Report of an investigation into the causes of the diseases known in Assam as Kála-Azár and Beri-Beri
Disease focus: Beri-Beri
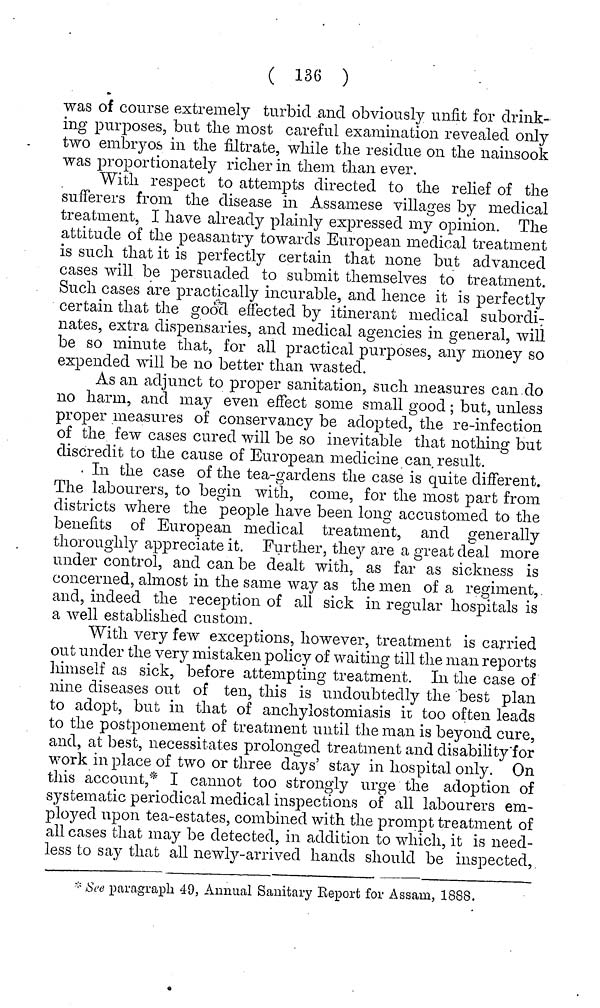
( 136 )
was of course extremely turbid and obviously unfit for drink-
ing purposes, but the most careful examination revealed only
two embryos in the filtrate, while the residue on the nainsook
was proportionately richer in them than ever.
With respect to attempts directed to the relief of the
sufferers from the disease in Assamese villages by medical
treatment, I have already plainly expressed my opinion. The
attitude of the peasantry towards European medical treatment
is such that it is perfectly certain that none but advanced
cases will be persuaded to submit themselves to treatment.
Such cases are practically incurable, and hence it is perfectly
certain that the good effected by itinerant medical subordi T
nates, extra dispensaries, and medical agencies in general, will
be so minute that, for all practical purposes, any money so
expended will be no better than wasted.
As an adjunct to proper sanitation, such measures can do
no harm, and may even effect some small good; but, unless
proper measures of conservancy be adopted, the re-infection
of the few cases cured will be so inevitable that nothing but
discredit to the cause of European medicine can result.
In the case of the tea-gardens the case is quite different.
The labourers, to begin with, come, for the most part from
districts where the people have been long accustomed to the
benefits of European medical treatment, and generally
thoroughly appreciate it. Further, they are a great deal more
under control, and can be dealt with, as far as sickness is
concerned, almost in the same way as the men of a regiment,
and, indeed the reception of all sick in regular hospitals is
a well established custom.
With very few exceptions, however, treatment is carried
out under the very mistaken policy of waiting till the man reports
himself as sick, before attempting treatment. In the case of
nine diseases out of ten, this is undoubtedly the best plan
to adopt, but in that of anchylostomiasis ii too often leads
to the postponement of treatment until the man is beyond cure,
and, at best, necessitates prolonged treatment and disability for
work in place of two or three days' stay in hospital only. On
this account,* I cannot too strongly urge the adoption of
systematic periodical medical inspections of all labourers em-
ployed upon tea-estates, combined with the prompt treatment of
all cases that may be detected, in addition to which, it is need-
less to say that all newly-arrived hands should be inspected,
* See paragraph 49, Annual Sanitary Eeport for Assam, 1888.